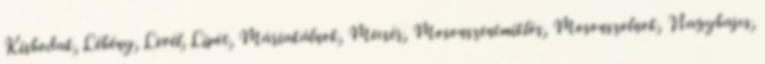
Kisbodak, Lébény, Levél, Lipót, Máriakálnok, Mecsér, Mosonszentmiklós, Mosonszolnok, Nagybajcs,